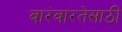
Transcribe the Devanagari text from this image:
वारंवारतेसाठी